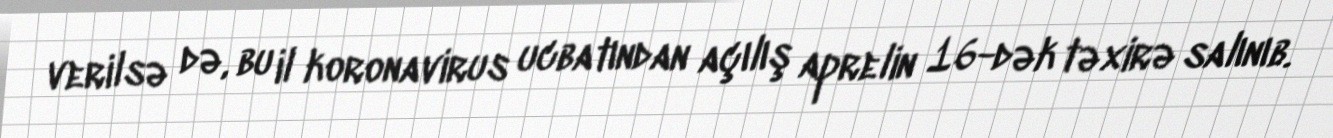
verilsə də, bu il koronavirus ucbatından açılış aprelin 16-dək təxirə salınıb.